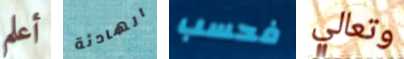
أعلم الهادئة فحسب وتعالي